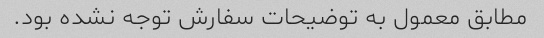
مطابق معمول به توضیحات سفارش توجه نشده بود.